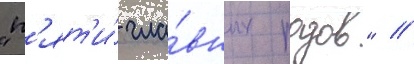
"п'ят'и́ гла́вных родов" /